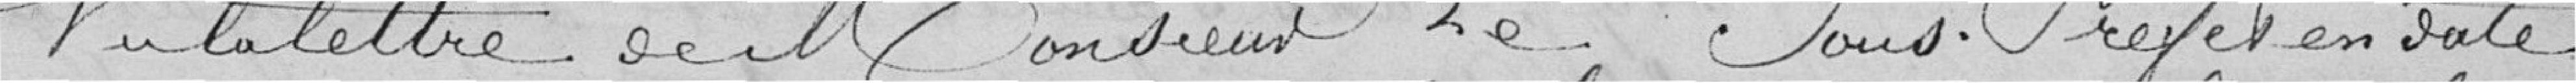
Vu la lettre de Monsieur le Sous-Préfet en date